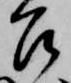
召